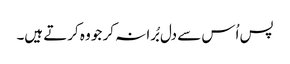
پس اُس سے دل بُرا نہ کر جو وہ کرتے ہیں۔